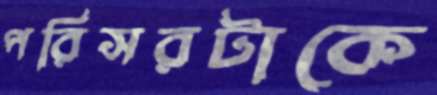
পরিসরটাকে